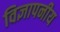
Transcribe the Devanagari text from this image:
विज्ञापनीय